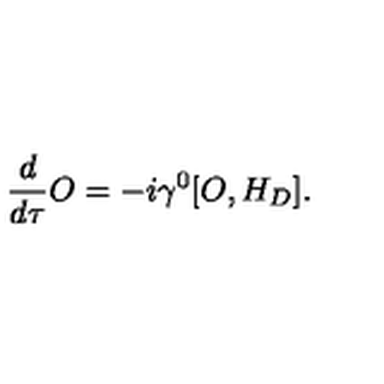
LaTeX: \frac { d } { d \tau } O = - i \gamma ^ { 0 } [ O , H _ { D } ] .